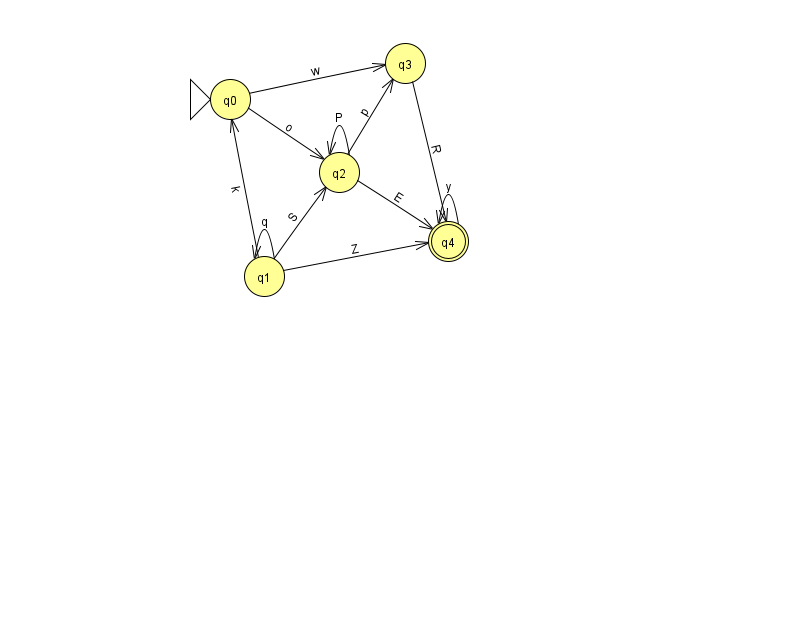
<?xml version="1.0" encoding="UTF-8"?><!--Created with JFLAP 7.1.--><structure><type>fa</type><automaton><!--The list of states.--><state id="0" name="q0"><x>230.0</x><y>86.0</y><initial/></state><state id="1" name="q1"><x>264.0</x><y>263.0</y></state><state id="2" name="q2"><x>339.0</x><y>159.0</y></state><state id="3" name="q3"><x>405.0</x><y>50.0</y></state><state id="4" name="q4"><x>448.0</x><y>228.0</y><final/></state><!--The list of transitions.--><transition><from>2</from><to>2</to><read>P</read></transition><transition><from>0</from><to>2</to><read>o</read></transition><transition><from>1</from><to>1</to><read>q</read></transition><transition><from>2</from><to>3</to><read>p</read></transition><transition><from>2</from><to>4</to><read>E</read></transition><transition><from>1</from><to>4</to><read>Z</read></transition><transition><from>3</from><to>4</to><read>R</read></transition><transition><from>0</from><to>3</to><read>w</read></transition><transition><from>1</from><to>2</to><read>S</read></transition><transition><from>4</from><to>4</to><read>y</read></transition><transition><from>1</from><to>0</to><read>k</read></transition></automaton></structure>